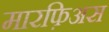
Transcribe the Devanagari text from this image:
मारफ़िअस